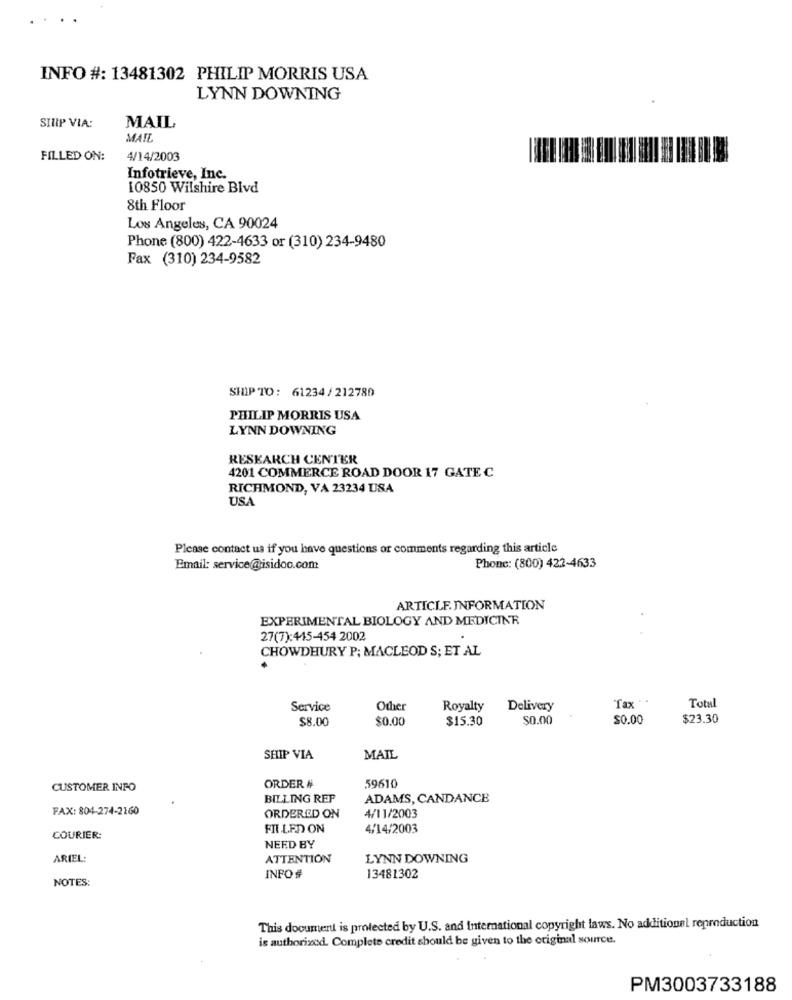
INFO #: 13481302 PHILIP MORRIS USA
LYNN DOWNING
SILIP VIA:
MAIL
MATE
FILLED ON:
4/14/2003
Infotrieve, Inc.
10850 Wilshire Blvd
8th Floor
Los Angeles, CA 90024
Phone (800) 422-4633 or (310) 234-9480
Fax (310) 234-9582
SHIP TO: 61234 / 212780
PHILIP MORRIS USA
LYNN DOWNING
RESEARCH CENTER
4201 COMMERCE ROAD DOOR 17 GATE C
RICHMOND, VA 23234 USA
USA
Please contact us if you have questions or comments regarding this article
Email: service@isidoc.com
Phone: (800) 422-4633
ARTICLE. INFORMATION
EXPERIMENTAL BIOLOGY AND MEDICINE
27(7):445-454 2002
CHOWDHURY P; MACLEOD S; ET AL
Tax . .
Service
Other
Royalty
Delivery
Total
$8.00
$0.00
$15.30
$0.00
$0.00
$23.30
SHIP VIA
MAIL
59610
CUSTOMER INFO
ORDER #
BILLING REP
ADAMS, CANDANCE
FAX: 804-274-2160
ORDERED ON
4/11/2003
FIL LED ON
4/14/2003
COURIER:
NEED BY
ARIEL:
ATTENTION
LYNN DOWNING
NOTES:
INFO #
13481302
This document is protected by U.S. and International copyright laws. No additional reproduction
is authorized. Complete credit should be given to the original source.
PM3003733188